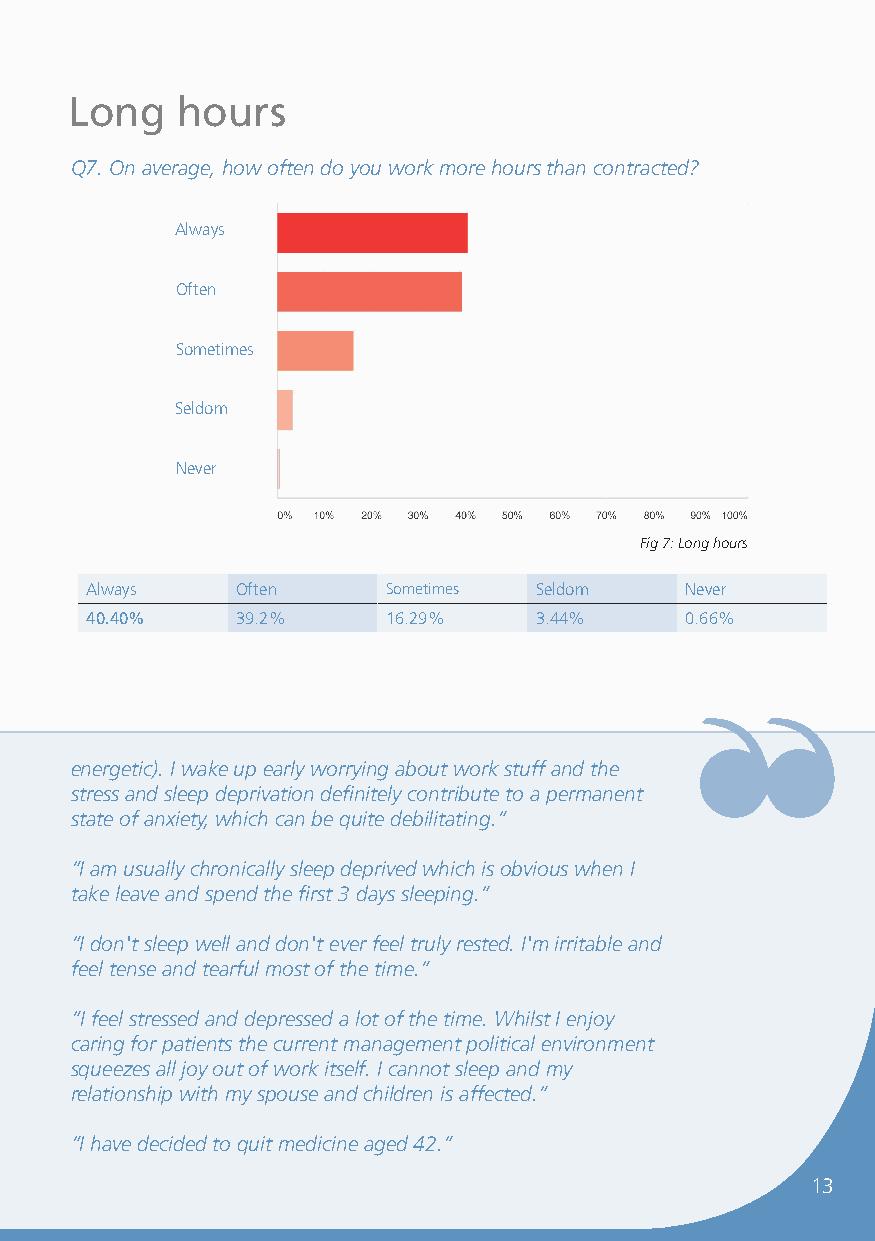
Long   hours
 Q7. On average, how often do you work more hours than contracted?
 Always
 Often
 Sometimes
 Seldom
 Never
 Fig 7: Long hours
 Always    Often     Sometimes Seldom   Never
 40.40%    39.2%     16.29%   3.44%     0.66%
 energetic). I wake up early worrying about work stuff and the
 stress and sleep deprivation definitely contribute to a permanent
 state of anxiety, which can be quite debilitating.”
 “I am usually chronically sleep deprived which is obvious when I
 take leave and spend the first 3 days sleeping.”
 “I don't sleep well and don't ever feel truly rested. I'm irritable and
 feel tense and tearful most of the time.”
 “I feel stressed and depressed a lot of the time. Whilst I enjoy
 caring for patients the current management political environment
 squeezes all joy out of work itself. I cannot sleep and my
 relationship with my spouse and children is affected.”
 “I have decided to quit medicine aged 42.”
 13
 ❝